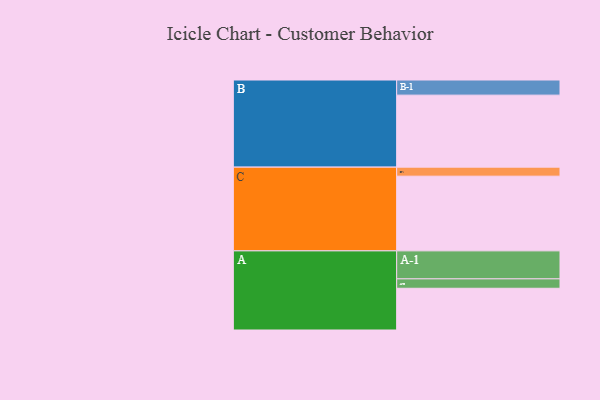
{"axis": {"x": "Segment", "y": "Value"}, "legend": ["", "A", "B", "C"], "data": [{"x": "A", "y": 328, "type": ""}, {"x": "B", "y": 566, "type": ""}, {"x": "C", "y": 587, "type": ""}, {"x": "A-1", "y": 220, "type": "A"}, {"x": "A-2", "y": 74, "type": "A"}, {"x": "B-1", "y": 119, "type": "B"}, {"x": "C-1", "y": 71, "type": "C"}]}